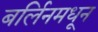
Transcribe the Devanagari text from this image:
बर्लिनमधून